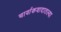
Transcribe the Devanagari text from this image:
चार्वाकवादातल्या